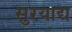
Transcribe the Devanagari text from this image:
सुरयाद्य